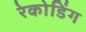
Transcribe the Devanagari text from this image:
रेकोडिंग